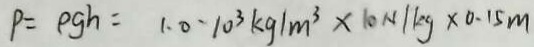
P = \rho g h = 1 . 0 \cdot 1 0 ^ { 3 } k g / m ^ { 3 } \times 1 0 N / k g \times 0 . 1 5 m